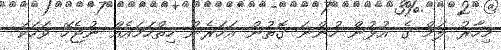
މިހާރު ލަމް ގެ އުޅުން ހުންނަ ގޮތުން އަހަރެން ހިތްހަމައެއް ނުޖެހޭ ވަހަކަ